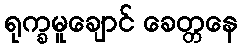
ရုက္ခမူချောင် ခေတ္တနေ